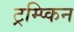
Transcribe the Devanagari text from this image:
ट्रम्प्किन